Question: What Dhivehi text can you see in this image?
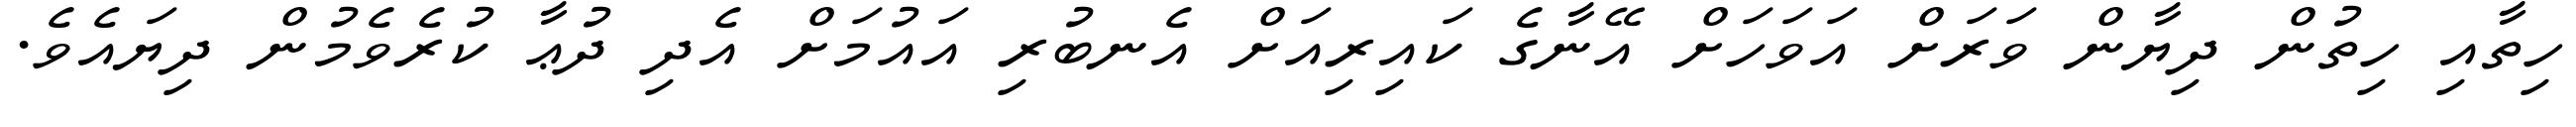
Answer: ހިތާއި ހިތުން ދިޔާން ވަރަށް އަވަހަށް އޭނާގެ ކައިރިއަށް އެނބުރި އައުމަށް އެދި ދުޢާ ކުރެވެމުން ދިޔައެވެ.